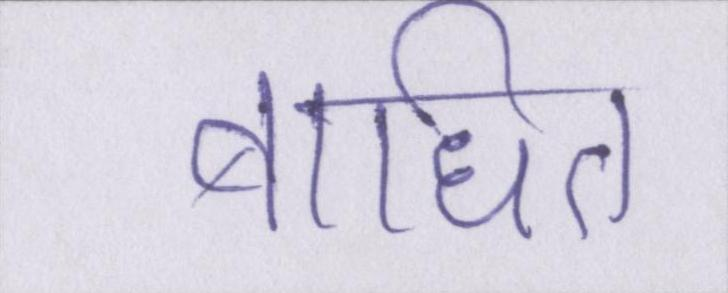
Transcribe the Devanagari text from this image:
बाधित